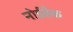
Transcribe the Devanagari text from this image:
नोर्डबँक